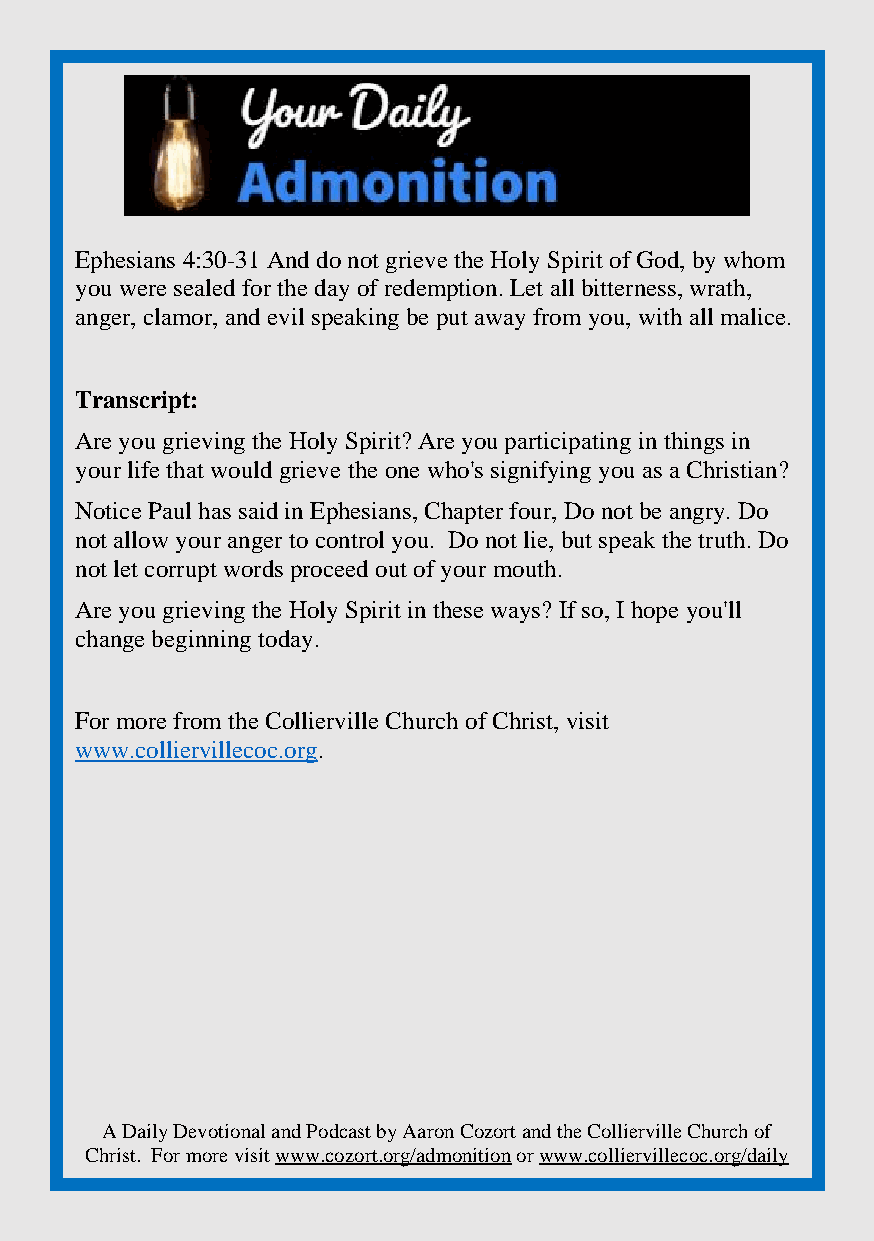
Ephesians 4:30-31 And do not grieve the Holy Spirit of God, by whom
 you were sealed for the day of redemption. Let all bitterness, wrath,
 anger, clamor, and evil speaking be put away from you, with all malice.
 Transcript:
 Are you grieving the Holy Spirit? Are you participating in things in
 your life that would grieve the one who's signifying you as a Christian?
 Notice Paul has said in Ephesians, Chapter four, Do not be angry. Do
 not allow your anger to control you. Do not lie, but speak the truth. Do
 not let corrupt words proceed out of your mouth.
 Are you grieving the Holy Spirit in these ways? If so, I hope you'll
 change beginning today.
 For more from the Collierville Church of Christ, visit
 www.colliervillecoc.org.
 A Daily Devotional and Podcast by Aaron Cozort and the Collierville Church of
 Christ. For more visit www.cozort.org/admonition or www.colliervillecoc.org/daily